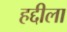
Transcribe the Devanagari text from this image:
हद्दीला